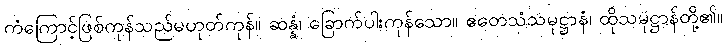
ကံကြောင့်ဖြစ်ကုန်သည်မဟုတ်ကုန်။ ဆန္နံ၊ ခြောက်ပါးကုန်သော။ ဧတေသံသမုဋ္ဌာနံ၊ ထိုသမုဋ္ဌာန်တို့၏။